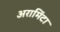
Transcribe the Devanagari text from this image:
अरामिंटा